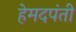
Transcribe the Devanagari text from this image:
हेमदपंती